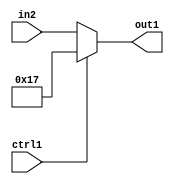
`timescale 1ps / 1ps
/*****************************************************************************
    Verilog RTL Description
    
    
    Created by: Stratus DpOpt 2019.1.01 
*******************************************************************************/

module fix2float_Muxi23u5u1_4_0 (
	in2,
	ctrl1,
	out1
	); /* architecture "behavioural" */ 
input [4:0] in2;
input  ctrl1;
output [4:0] out1;
wire [4:0] asc001;

reg [4:0] asc001_tmp_0;
assign asc001 = asc001_tmp_0;
always @ (ctrl1 or in2) begin
	case (ctrl1)
		1'B1 : asc001_tmp_0 = 5'B10111 ;
		default : asc001_tmp_0 = in2 ;
	endcase
end

assign out1 = asc001;
endmodule

/* CADENCE  uLPzQg4= : u9/ySgnWtBlWxVPRXgAZ4Og= ** DO NOT EDIT THIS LINE ******/